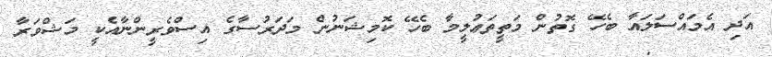
އަދި އެމައްސަލައާ ބެހޭ ގޮތުން މަތީތަޢުލީމާ ބެހޭ ކޮމިޝަނުން މަދަރުސާގެ އިސްވެރީންނާއެކީ މަޝްވަރާ